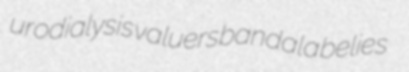
urodialysis valuers bandala belies